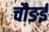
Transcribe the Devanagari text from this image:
चौङई